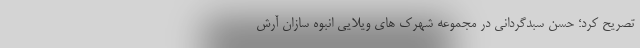
تصریح کرد؛ حسن سبدگردانی در مجموعه شهرک های ویلایی انبوه سازان آرش